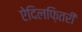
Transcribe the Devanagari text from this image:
ऐदिलफ़ितरी